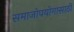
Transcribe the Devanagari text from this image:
समाजोपयोगासाठी